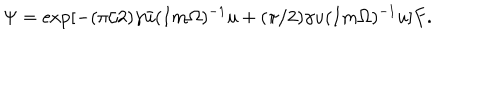
\Psi = \exp [ - ( \pi / 2 ) \gamma \bar { u } ( I m \Omega ) ^ { - 1 } u + ( \pi / 2 ) \gamma u ( I m \Omega ) ^ { - 1 } u ] F .